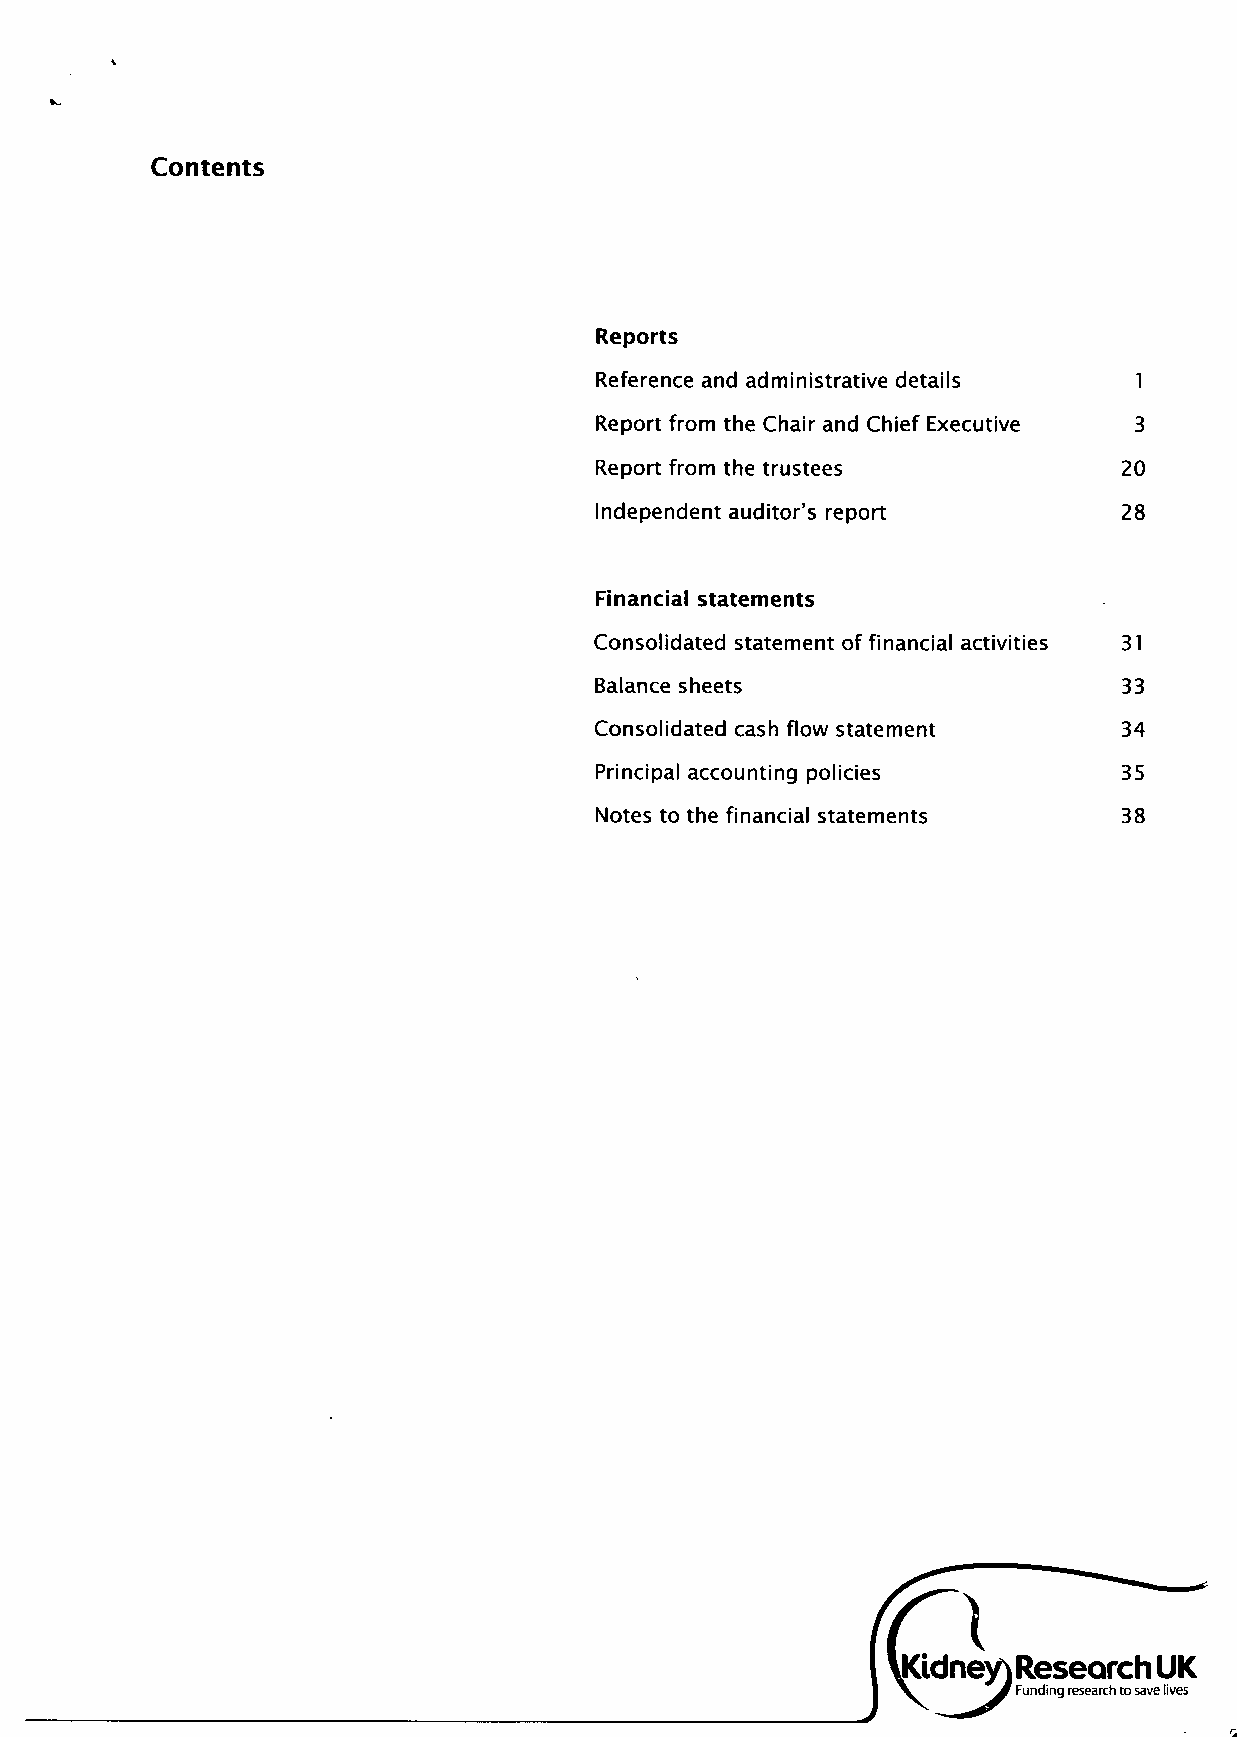
Reports
 Reference and administrative details 1
 Report from the Chair and Chief Executive 3
 Report from the trustees           20
 Independent auditor's report       28
 Financial statements
 Consolidated statement of financial activities 31
 Balance sheets                     33
 Consolidated cash flow statement   34
 Principal accounting policies      35
 Notes to the financial statements  38
 ^Kidney) Research UK
 J Funding research to save lives